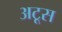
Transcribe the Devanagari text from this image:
अटूस